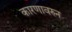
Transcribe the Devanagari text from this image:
कारणावरुन